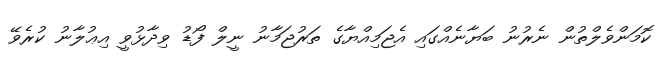
ކޮމަންވެލްތުން ނެރުނު ބަޔާނެއްގައި އެޖަމިއްޔާގެ ތަރުޖަމާނު ނީލް ފޯޑު ވިދާޅުވީ އިޢުލާނު ކުރެވޭ